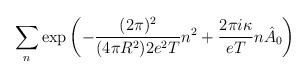
\begin{align*}\sum_n \exp\left( -\frac{(2\pi)^2}{(4\pi R^2)2e^2T}n^2+\frac{2\pi i\kappa}{eT}n\hat A_0\right)\end{align*}